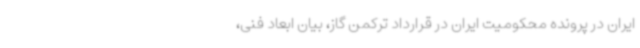
ایران در پرونده محکومیت ایران در قرارداد ترکمن گاز، بیان ابعاد فنی،